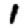
Digit: 1